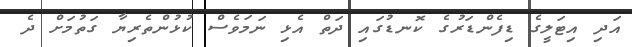
އަދި އިޓަލީގެ ޑިފެންޑަރުގެ ކޮނޑުގައި ދަތް އެޅި ނަމަވެސް ކުޅުންތެރިޔާ ގަތުމަށް ދެ